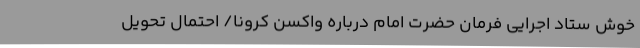
خوش ستاد اجرایی فرمان حضرت امام درباره واکسن کرونا/ احتمال تحویل